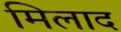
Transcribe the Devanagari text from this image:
मिलाद